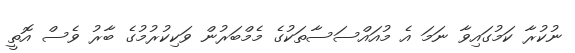
ނުކުރާ ކަމުގައިވާ ނަމަ އެ މުއައްސަސާތަކުގެ މެމްބަރުން ވަކިކުރުމުގެ ބާރު ވެސް އޮތީ